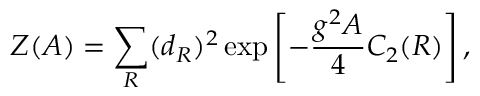
{ \cal Z } ( A ) = \sum _ { R } ( d _ { R } ) ^ { 2 } \exp \left[ - { \frac { g ^ { 2 } A } { 4 } } C _ { 2 } ( R ) \right] ,